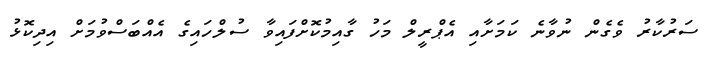
ސަރުކާރު ވެގެން ނުވާނެ ކަމަށާއި އެޕްރީލް މަހު ގާއިމުކޮށްފައިވާ ސުލްހައިގެ އެއްބަސްވުމަށް އިދިކޮޅު